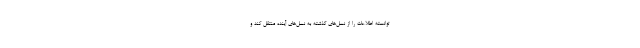
توانسته اطلاعات را از نسل‌های گذشته به نسل‌های آینده منتقل کند و